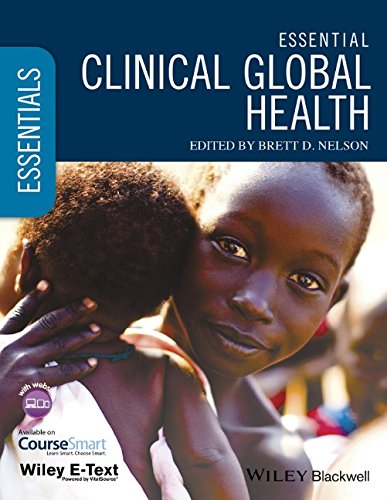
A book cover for Essential Clinical Global Health, Includes Wiley E-Text (Essentials); Medical Books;